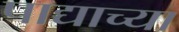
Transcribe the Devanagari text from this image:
पाद्याच्या